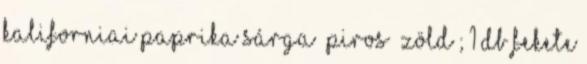
kaliforniai paprika sárga piros zöld ; 1 db fekete